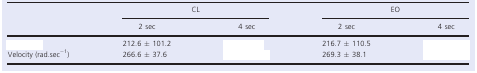
<table><thead><tr><td rowspan="2">[EMPTY_CELL]</td><td colspan="2"><b>CL</b></td><td colspan="2"><b>EO</b></td></tr><tr><td><b>2 sec</b></td><td><b>4 sec</b></td><td><b>2 sec</b></td><td><b>4 sec</b></td></tr></thead><tbody><tr><td>[EMPTY_CELL]</td><td>212.6 ± 101.2</td><td>[EMPTY_CELL]</td><td>216.7 ± 110.5</td><td>[EMPTY_CELL]</td></tr><tr><td>Velocity (rad.sec<sup>−1</sup>)</td><td>266.6 ± 37.6</td><td>[EMPTY_CELL]</td><td>269.3 ± 38.1</td><td>[EMPTY_CELL]</td></tr></tbody></table>